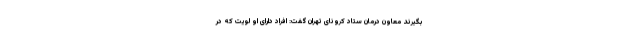
بگیرند معاون درمان ستاد کرونای تهران گفت: افراد دارای او لویت که در